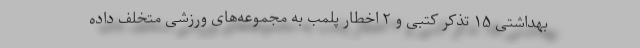
بهداشتی ۱۵ تذکر کتبی و ۲ اخطار پلمب به مجموعه‌های ورزشی متخلف داده